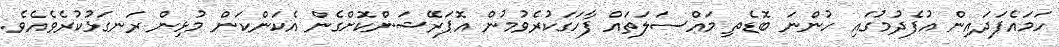
ހަމައެފަދައިން އުފެދުމުގައި ހުންނަ ބޮޑެތި މައްސަލަތައް ފާހަގަކުރެވުމުން އޮޕަރޭޝަންކޮށްގެން އެކަންކަން މުޅިން ރަނގަޅުކުރެވެއެވެ.